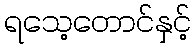
ရသေ့တောင်နှင့်